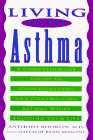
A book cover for Living with Asthma: A Comprehensive Guide to Understanding and Controlling Asthma...; Anthony Rooklin; Health, Fitness & Dieting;